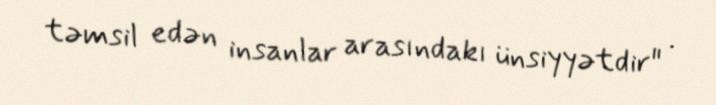
təmsil edən insanlar arasındakı ünsiyyətdir" .